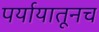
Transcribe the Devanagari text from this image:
पर्यायातूनच